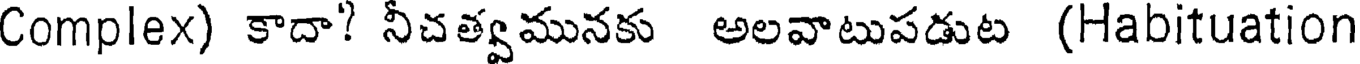
Complex) కాదా? నీచత్వమునకు అలవాటుపడుట (Habituation